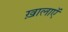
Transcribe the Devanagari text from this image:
ख़ालाएॅ